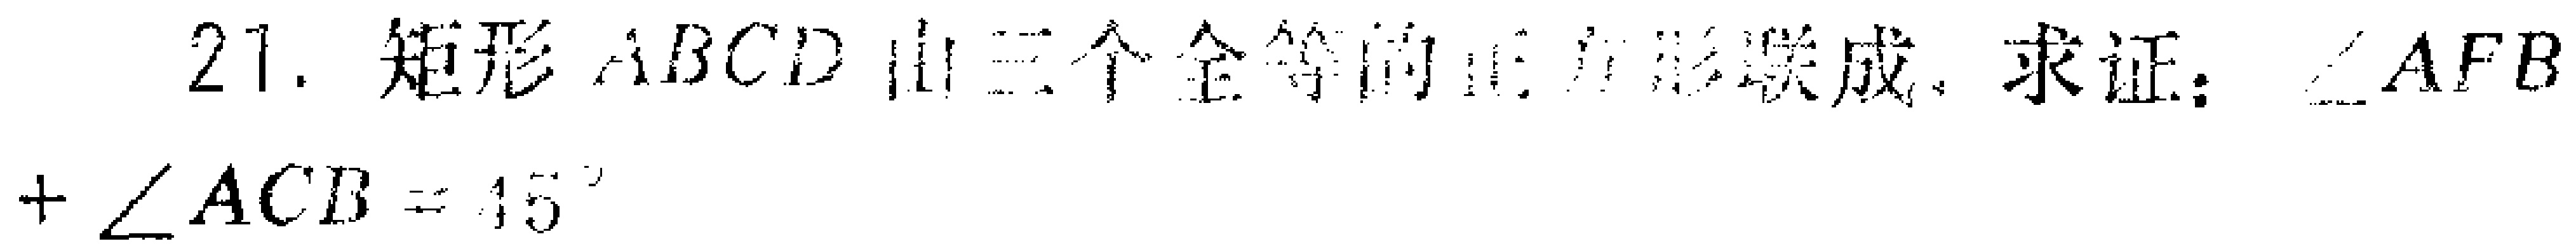
21. 矩形 \(ABCD\) 由三个全等的正方形联成. 求证：\(\angle AFB+\angle ACB = 45^{\circ}\)